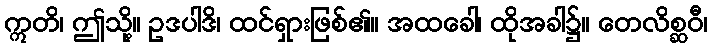
ဣတိ၊ ဤသို့။ ဥဒပါဒိ၊ ထင်ရှားဖြစ်၏။ အထခေါ၊ ထိုအခါ၌။ တေလိစ္ဆဝီ၊